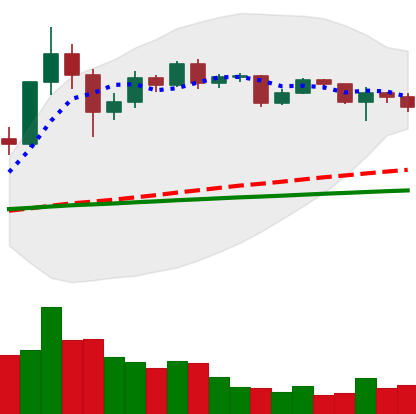
Ticker: XRP-USD
Chart end date: 2020-12-11
Forward return: 4.052%
Label: up_3_5